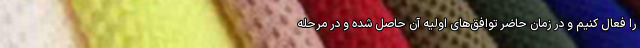
را فعال کنیم و در زمان حاضر توافق‌های اولیه آن حاصل شده و در مرحله